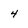
Character: 4